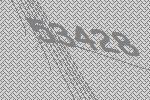
53428